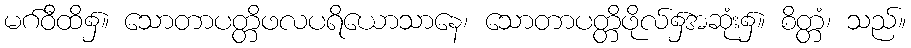
မဂ်ဝီထိ၌။ သောတာပတ္တိဖလပရိယောသာနေ၊ သောတာပတ္တိဖိုလ်၌အဆုံး၌။ စိတ္တံ၊ သည်။